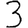
Digit: 3